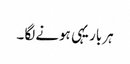
ہر بار یہی ہونے لگا ۔